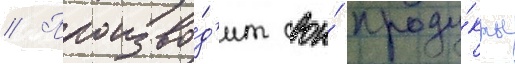
// Произво́д'ит свои́ проду́кты